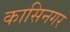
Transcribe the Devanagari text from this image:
कासिनगर